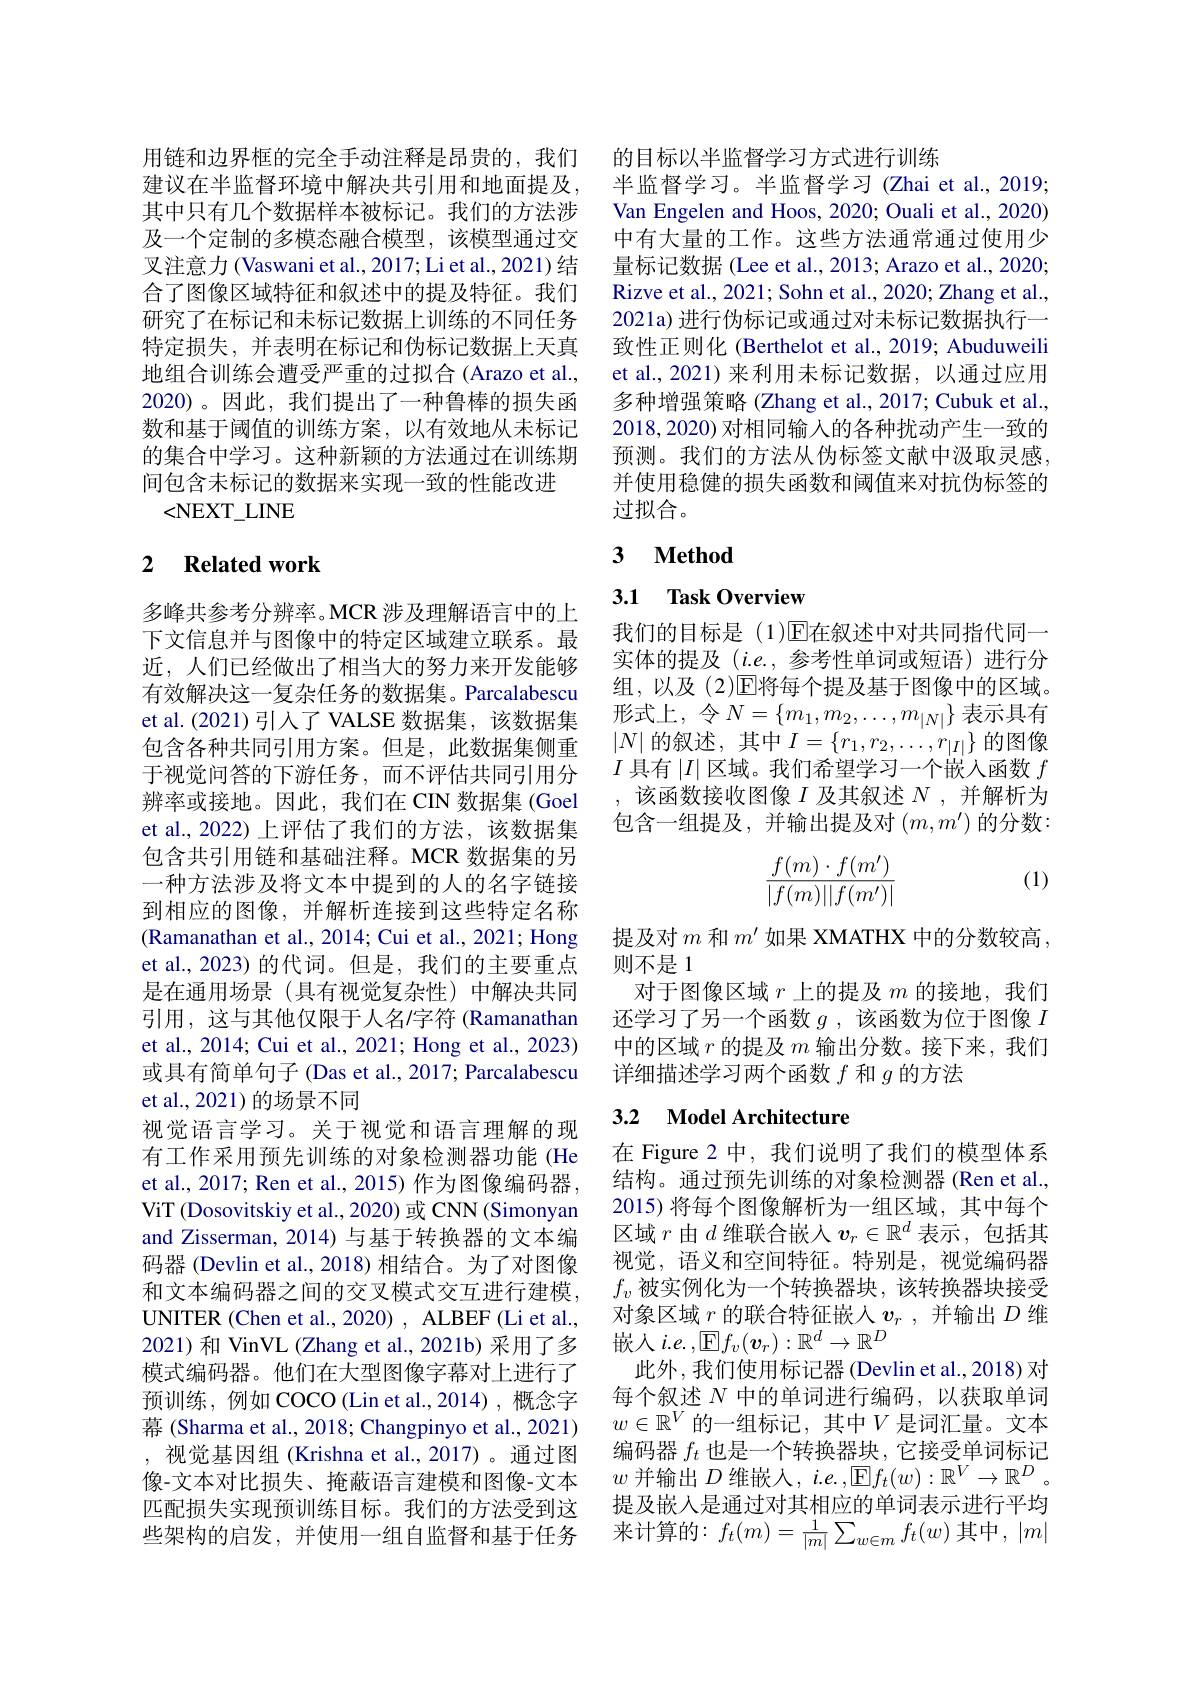
用链和边界框的完全手动注释是昂贵的，我们建议在半监督环境中解决共引用和地面提及， 其中只有几个数据样本被标记。我们的方法涉及一个定制的多模态融合模型，该模型通过交叉注意力 (Vaswani et al., 2017; Li et al., 2021) 结合了图像区域特征和叙述中的提及特征。我们研究了在标记和未标记数据上训练的不同任务特定损失，并表明在标记和伪标记数据上天真地组合训练会遭受严重的过拟合(Arazo et al., 2020)。因此，我们提出了一种鲁棒的损失函数和基于阈值的训练方案，以有效地从未标记的集合中学习。这种新颖的方法通过在训练期间包含未标记的数据来实现一致的性能改进
<NEXT$\_$LINE

# 2 Related work

多峰共参考分辨率。MCR 涉及理解语言中的上下文信息并与图像中的特定区域建立联系。最近，人们已经做出了相当大的努力来开发能够有效解决这一复杂任务的数据集。Parcalabescu et al.(2021)引入了 VALSE 数据集，该数据集包含各种共同引用方案。但是，此数据集侧重于视觉问答的下游任务，而不评估共同引用分辨率或接地。因此，我们在 CIN 数据集 (Goel et al., 2022) 上评估了我们的方法，该数据集包含共引用链和基础注释。MCR 数据集的另一种方法涉及将文本中提到的人的名字链接到相应的图像，并解析连接到这些特定名称(Ramanathan et al., 2014; Cui et al., 2021; Hong et al.,2023)的代词。但是，我们的主要重点是在通用场景(具有视觉复杂性)中解决共同引用，这与其他仅限于人名/字符 (Ramanathan et al., 2014; Cui et al., 2021; Hong et al., 2023) 或具有简单句子 (Das et al., 2017; Parcalabescu et al., 2021) 的场景不同
视觉语言学习。关于视觉和语言理解的现有工作采用预先训练的对象检测器功能(He et al., 2017; Ren et al., 2015) 作为图像编码器， ViT (Dosovitskiy et al., 2020) 或 CNN (Simonyan and Zisserman, 2014) 与基于转换器的文本编码器 (Devlin et al., 2018) 相结合。为了对图像和文本编码器之间的交叉模式交互进行建模， UNITER (Chen et al., 2020) , ALBEF (Li et al., 2021)和 VinVL (Zhang et al., 2021b) 采用了多模式编码器。他们在大型图像字幕对上进行了预训练，例如 COCO(Lin et al.,2014),概念字幕 (Sharma et al., 2018; Changpinyo et al., 2021) , 视觉基因组 (Krishna et al.,2017)。通过图像-文本对比损失、掩蔽语言建模和图像-文本匹配损失实现预训练目标。我们的方法受到这些架构的启发，并使用一组自监督和基于任务

的目标以半监督学习方式进行训练
半监督学习。半监督学习 (Zhai et al., 2019; Van Engelen and Hoos, 2020; Ouali et al., 2020) 中有大量的工作。这些方法通常通过使用少量标记数据 (Lee et al., 2013; Arazo et al., 2020; Rizve et al. , 2021; Sohn et al. , 2020; Zhang et al. , 2021a) 进行伪标记或通过对未标记数据执行一致性正则化 (Berthelot et al., 2019; Abuduweili et al., 2021) 来利用未标记数据，以通过应用多种增强策略 (Zhang et al., 2017; Cubuk et al., 2018,2020) 对相同输入的各种扰动产生一致的预测。我们的方法从伪标签文献中汲取灵感并使用稳健的损失函数和阈值来对抗伪标签的过拟合。

# 3 Method

## 3.1 Task Overview

我们的目标是(1)E在叙述中对共同指代同一实体的提及$(i.e.$,参考性单词或短语)进行分组，以及(2)$\overline{\mathrm{E}}$将每个提及基于图像中的区域。形式上，令$N=\{m_1,m_2,\ldots,m_{|N|}\}$ 表示具有$|N|$的叙述，其中$I=\{r_1,r_2,\ldots,r_{|I|}\}$的图像$I$具有$|I|$区域。我们希望学习一个嵌入函数$f$
该函数接收图像$I$及其叙述$N$ ,并解析为包含一组提及，并输出提及对$(m,m^\prime)$的分数：

(1)
$$\begin{aligned}\frac{f(m)\cdot f(m')}{|f(m)||f(m')|}\end{aligned}$$
提及对$m$和$m^{\prime}$如果 XMATHX 中的分数较高
则不是 1
对于图像区域$r$上的提及$m$的接地，我们还学习了另一个函数$g$ ,该函数为位于图像$I$ 中的区域$r$的提及$m$输出分数。接下来，我们详细描述学习两个函数$f$和$g$的方法

### 3.2 $\textbf{Model Architecture}$

在 Figure 2 中，我们说明了我们的模型体系结构。通过预先训练的对象检测器(Ren et al., 2015) 将每个图像解析为一组区域，其中每个区域$r$由$d$维联合嵌入$v_r\in\mathbb{R}^d$表示 ,包括其视觉，语义和空间特征。特别是，视觉编码器$f_v$被实例化为一个转换器块，该转换器块接受对象区域$r$的联合特征嵌人$v_r$,并输出$D$维嵌入$i.e.$,E$f_v(\boldsymbol{v}_r):\mathbb{R}^d\to\mathbb{R}^D$
此外，我们使用标记器(Devlin et al., 2018) 对每个叙述$N$中的单词进行编码，以获取单词$w\in\mathbb{R}^V$的一组标记，其中$V$是词汇量。文本编码器$f_t$也是一个转换器块，它接受单词标记$w$并输出$D$维嵌人，$i.e.,\boxed{\mathrm{E}}f_t(w):\mathbb{R}^V\to\mathbb{R}^D~.$ 提及嵌入是通过对其相应的单词表示进行平均来计算的$:f_t(m)=\frac1{|m|}\sum_{w\in m}f_t(w)$ 其中$,|m|$